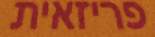
פריזאית